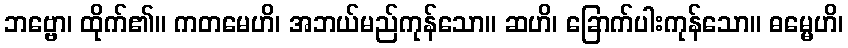
ဘဗ္ဗော၊ ထိုက်၏။ ကတမေဟိ၊ အဘယ်မည်ကုန်သော။ ဆဟိ၊ ခြောက်ပါးကုန်သော။ ဓမ္မေဟိ၊